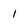
Character: 1